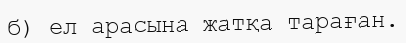
б) ел арасына жатқа тараған.